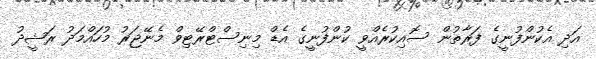
އަދި އެކުންފުނީގެ ފަރާތުން ސޮއިކުރެއްވީ ކުންފުނީގެ އެޑް މިނިސްޓްރޭޓިވް މެނޭޖަރު މުހައްމަދު ރަޝީދު